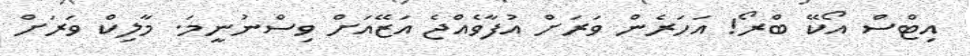
އިޓްސް އޯކޭ ބްރޯ! އަހަރެން ވަރަށް އުފާވެއްޖެ އަޒޭއަށް ވިސްނުނީމަ. މާލިކް ވަރަށް